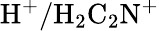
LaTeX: \mathrm{H^{+}/H_{2}C_{2}N^{+}}